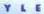
YLE